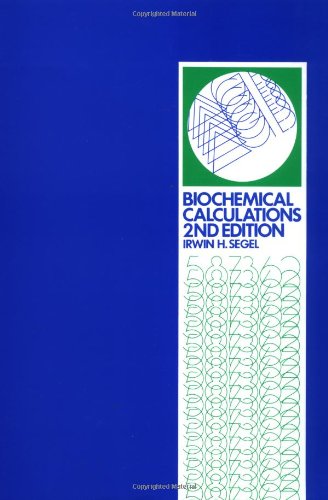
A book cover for Biochemical Calculations: How to Solve Mathematical Problems in General Biochemistry, 2nd Edition; Irwin H. Segel; Engineering & Transportation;